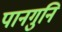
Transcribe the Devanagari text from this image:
पानगुनि